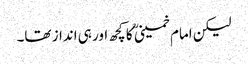
لیکن امام خمینی ؒ کا کچھ اور ہی انداز تھا۔